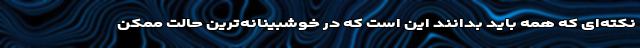
نکته‌ای که همه باید بدانند این است که در خوشبینانه‌ترین حالت ممکن